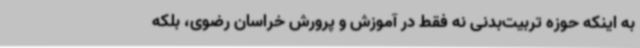
به اینکه حوزه تربیت‌بدنی نه فقط در آموزش و پرورش خراسان رضوی، بلکه